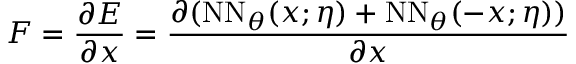
F = \frac { \partial E } { \partial x } = \frac { \partial ( \mathrm { N N } _ { \boldsymbol { \theta } } ( x ; \eta ) + \mathrm { N N } _ { \boldsymbol { \theta } } ( - x ; \eta ) ) } { \partial x }